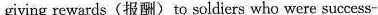
giving rewards (报酬)to soldiers who were success-